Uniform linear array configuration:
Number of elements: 4
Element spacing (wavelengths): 0.25
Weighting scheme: kaiser
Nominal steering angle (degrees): -15
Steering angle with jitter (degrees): -16.652
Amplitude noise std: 0.05
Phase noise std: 0.05

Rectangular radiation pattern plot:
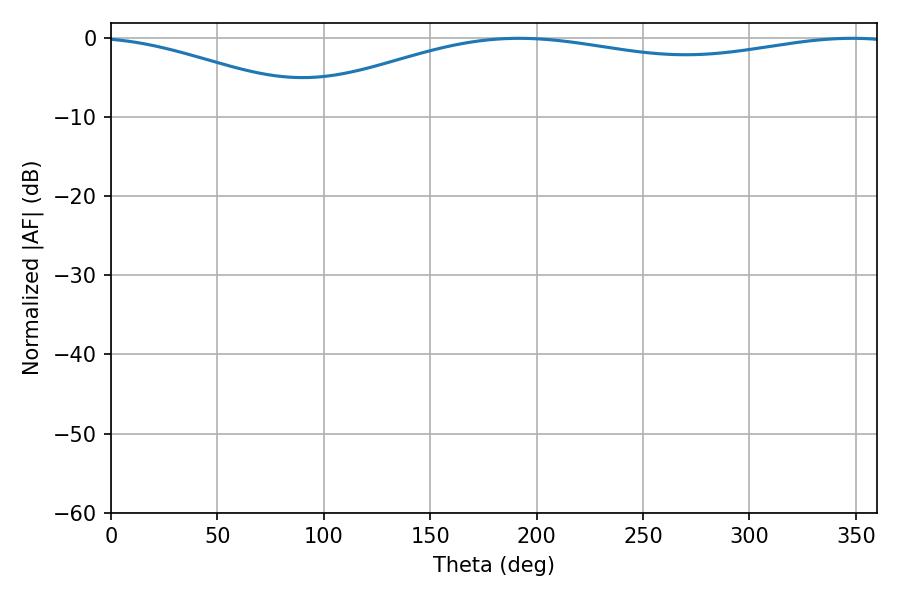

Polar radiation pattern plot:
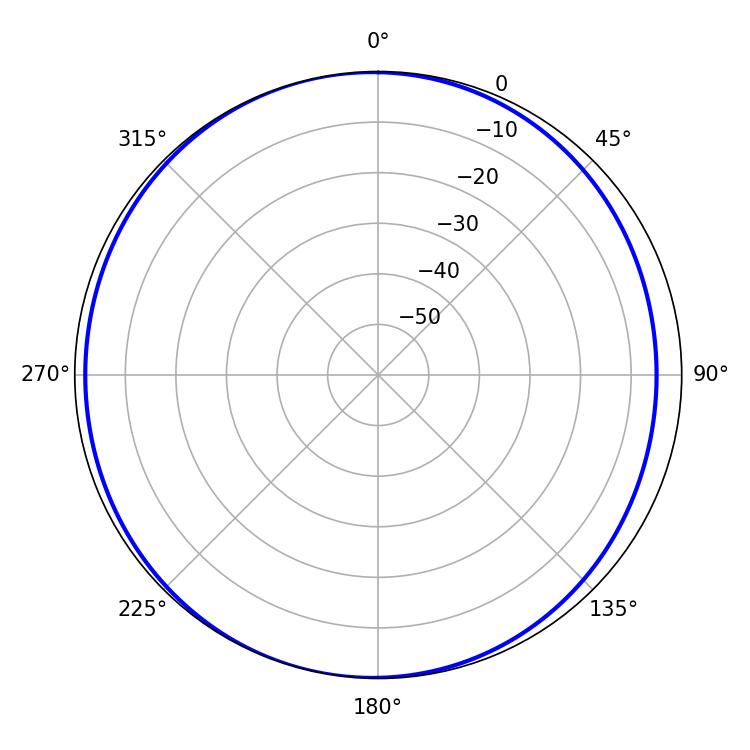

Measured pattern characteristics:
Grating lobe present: FALSE
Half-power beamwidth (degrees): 229.14
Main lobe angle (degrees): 191.7